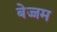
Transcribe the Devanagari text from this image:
बेज्जम